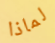
لماذا